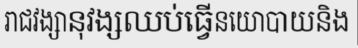
រាជវង្សានុវង្សឈប់ធ្វើនយោបាយនិង